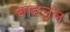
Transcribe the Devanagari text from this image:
बाहलुल